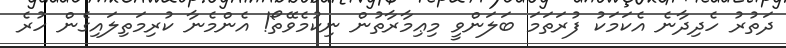
ދަތުރު ހެދިދާނެ އެކަމަކު ފުރަތަމަ ބަލަންވީ މިޢިމާރާތުން ނިކުމެވޭތޯ! އެންމެނާ ކުރިމަތިލައިގެން ހުރެ